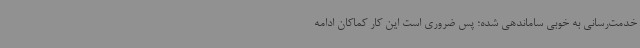
خدمت‌رسانی به خوبی ساماندهی شده؛ پس ضروری است این کار کماکان ادامه